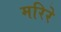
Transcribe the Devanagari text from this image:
मरिरे